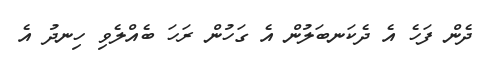
ދެން ފަހެ އެ ދެކަނބަލުން އެ ގަހުން ރަހަ ބެއްލެވި ހިނދު އެ